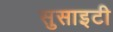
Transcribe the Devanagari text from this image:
सुसाइटी